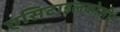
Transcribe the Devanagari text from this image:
एसिटाइलकोलीन